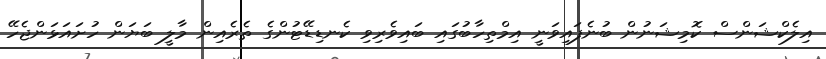
އިލެކްޝަންސް ކޮމިޝަނުން ބުނެފައިވަނީ އިމްތިހާބުގައި ބައިވެރިވި ކެނޑިޑޭޓުންގެ ތެރެއިން މާލީ ބަޔަން ހުށައަޅަންޖެހޭ